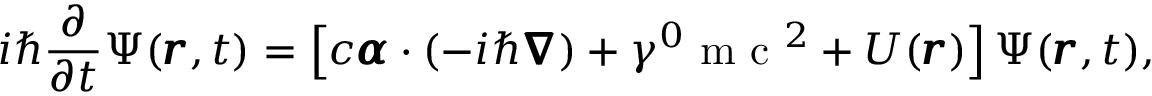
i \hbar \frac { \partial } { \partial t } \Psi ( \pmb { r } , t ) = \left[ c \pmb { \alpha } \cdot ( - i \hbar \pmb { \nabla } ) + \gamma ^ { 0 } \mathrm { ~ m ~ c ~ } ^ { 2 } + U ( \pmb { r } ) \right] \Psi ( \pmb { r } , t ) ,